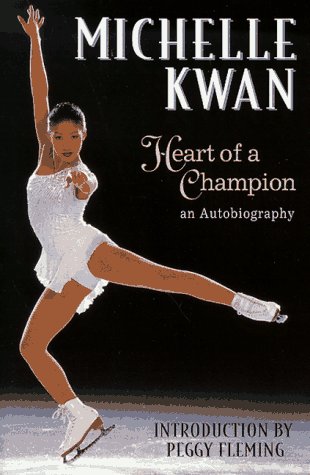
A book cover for Michelle Kwan: Heart of a Champion : An Autobiography; Michelle Kwan; Children's Books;